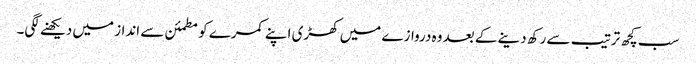
سب کچھ ترتیب سے رکھ دینے کے بعد وہ دروازے میں کھڑی اپنے کمرے کو مطمئن سے انداز میں دیکھنے لگی۔